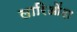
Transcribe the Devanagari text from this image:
लारिओंदा